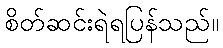
စိတ်ဆင်းရဲရပြန်သည်။